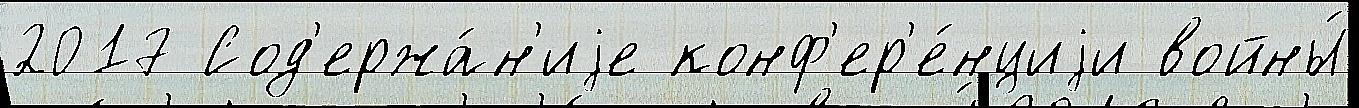
2017 Сод'ержа́н'иjе конф'ер'е́нциjи войны́